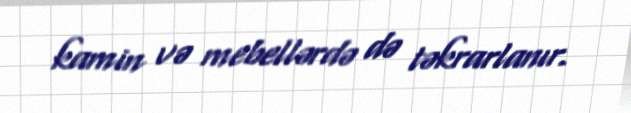
kamin və mebellərdə də təkrarlanır.